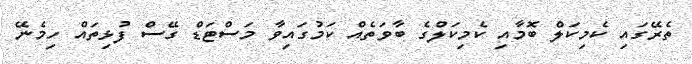
ތެރޭގައި ކެމިކަލް ބޮމާއި ކެމިކަލްގެ ބާވަތެއް ކަމުގައިވާ މަސްޓަޑް ގޭސް ފުޅިތައް ހިމެނޭ